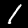
Label: 1